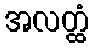
အလတ္ထံ